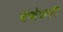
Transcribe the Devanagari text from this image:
घेणेकरी